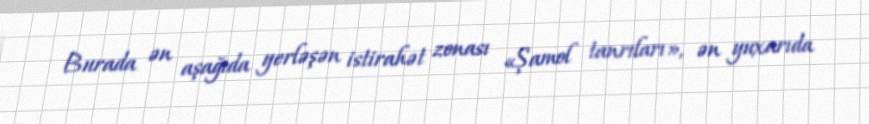
Burada ən aşağıda yerləşən istirahət zonası «Şamol tanrıları», ən yuxarıda